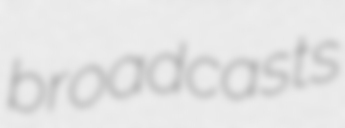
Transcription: broadcasts